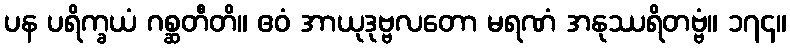
ပန ပရိက္ခယံ ဂစ္ဆတီတိ။ ဧဝံ အာယုဒုဗ္ဗလတော မရဏံ အနုဿရိတဗ္ဗံ။ ၁၇၄။